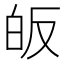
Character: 皈